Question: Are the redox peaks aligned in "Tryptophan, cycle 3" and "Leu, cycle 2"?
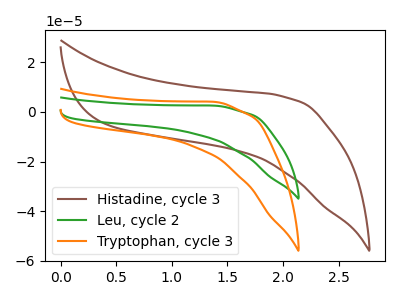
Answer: <think>The brown curve "Histadine, cycle 3" has no peaks. The green curve "Leu, cycle 2" has no peaks. The orange curve "Tryptophan, cycle 3" has no peaks.</think>
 <answer>Niether CV has any peaks.</answer>
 <eval>blanks</eval>